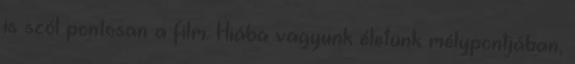
is szól pontosan a film. Hiába vagyunk életünk mélypontjában,